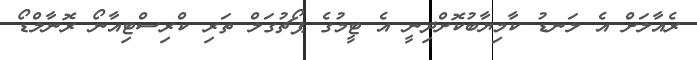
ރެއާލަށް އެ ލަނޑު ކާމިޔާބުކޮށްދިނީ އެ ޓީމުގެ ޕޯޗުގަލް ތަރި ކްރިސްޓިއާނޯ ރޮނާލްޑޯ